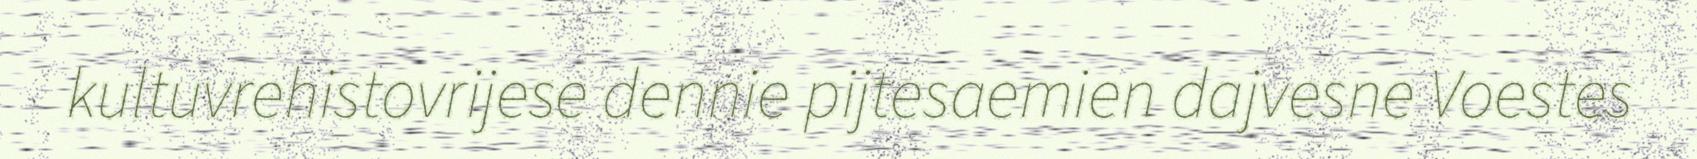
kultuvrehistovrijese dennie pijtesaemien dajvesne Voestes